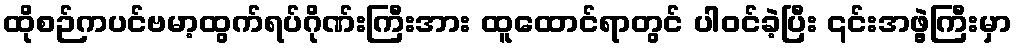
ထိုစဉ်ကပင်ဗမာ့ထွက်ရပ်ဂိုဏ်းကြီးအား ထူထောင်ရာတွင် ပါဝင်ခဲ့ပြီး ၎င်းအဖွဲ့ကြီးမှာ